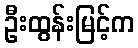
ဦးထွန်းမြင့်က